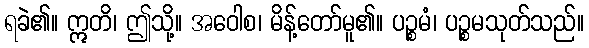
ရခဲ၏။ ဣတိ၊ ဤသို့။ အဝေါစ၊ မိန့်တော်မူ၏။ ပဉ္စမံ၊ ပဉ္စမသုတ်သည်။